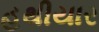
હથીયાર